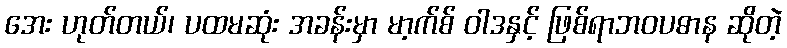
အေး ဟုတ်တယ်၊ ပထမဆုံး အခန်းမှာ မာ့က်စ် ဝါဒနှင့် ဖြစ်ရာဘဝပဓာန ဆိုတဲ့